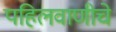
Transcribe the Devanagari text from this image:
पहिलवाणीचे